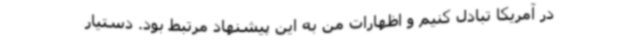
در آمریکا تبادل کنیم و اظهارات من به این پیشنهاد مرتبط بود. دستیار